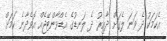
އެކަމަކު ދެ ވަނަ ލެގަށް ދާއިރު ދެ ލަނޑުގެ އެޑްވާންޓޭޖެއް އޮވެދާނެ ކަމަށް